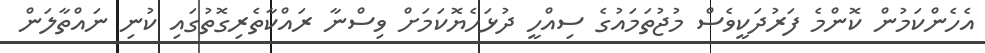
އެހެންކަމުން ކޮންމެ ފަރުދަކީވެސް މުޖުތަމައުގެ ސިއްހީ ދުޅަހެޔޮކަމަށް ވިސްނާ ރައްކާތެރިގޮތުގައި ކުނި ނައްތާލަން